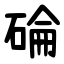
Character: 碖